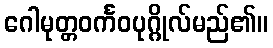
ဂေါမုတ္တဝင်္ကဝပုဂ္ဂိုလ်မည်၏။